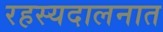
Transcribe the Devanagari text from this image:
रहस्यदालनात